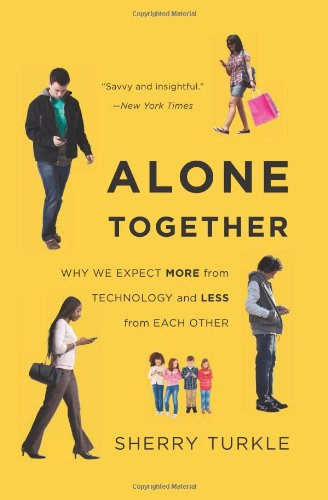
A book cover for Alone Together: Why We Expect More from Technology and Less from Each Other; Sherry Turkle; Self-Help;